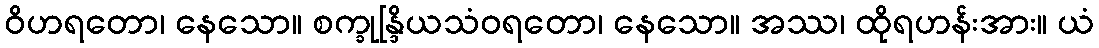
ဝိဟရတော၊ နေသော။ စက္ခုန္ဒြိယသံဝရတော၊ နေသော။ အဿ၊ ထိုရဟန်းအား။ ယံ